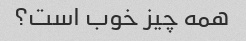
همه چیز خوب است؟